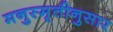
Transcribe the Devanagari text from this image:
मनुस्मृतीनुसार